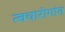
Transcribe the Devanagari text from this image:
त्वचारोगांत